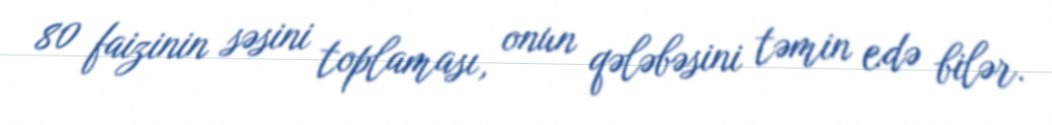
80 faizinin səsini toplaması, onun qələbəsini təmin edə bilər.